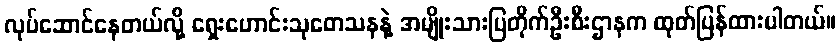
လုပ်ဆောင်နေတယ်လို့ ရှေးဟောင်းသုတေသနနဲ့ အမျိုးသားပြတိုက်ဦးစီးဌာနက ထုတ်ပြန်ထားပါတယ်။